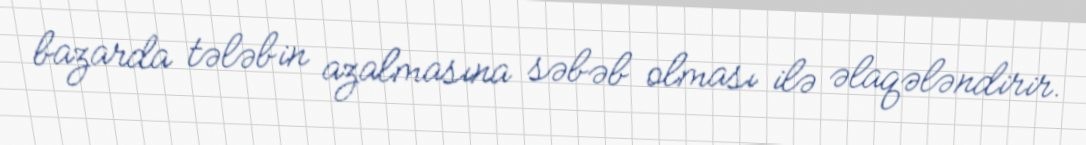
bazarda tələbin azalmasına səbəb olması ilə əlaqələndirir.